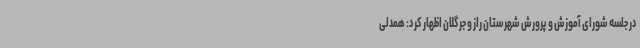
در جلسه شورای آموزش و پرورش شهرستان راز و جرگلان اظهار کرد: همدلی